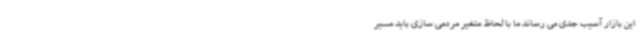
این بازار آسیب جدی می رساند ما با لحاظ متغیر مردمی سازی باید مسیر